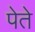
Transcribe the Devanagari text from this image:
पेते